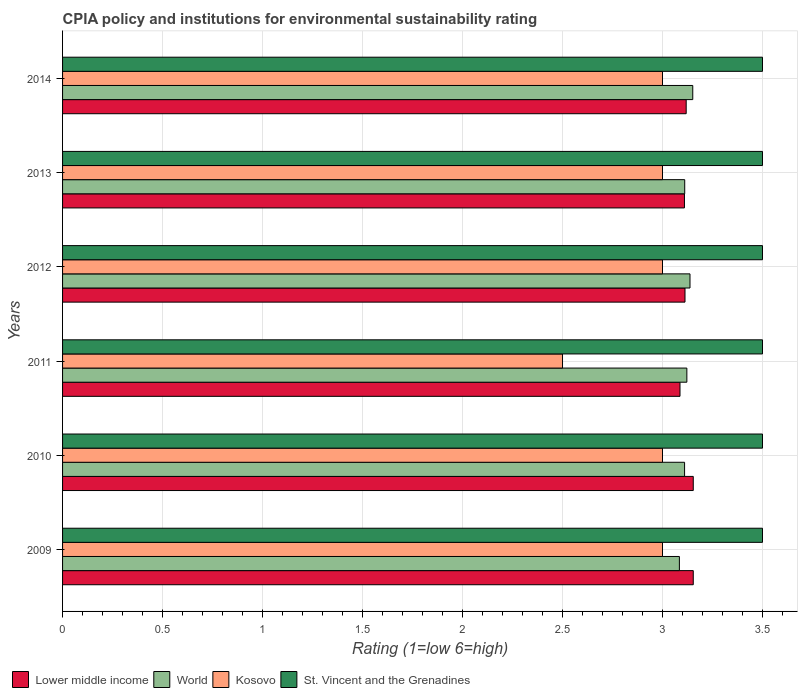
| Years | Lower middle income | World | Kosovo | St. Vincent and the Grenadines |
 | --- | --- | --- | --- | --- |
 | 2009 | 3.15 | 3.08 | 3 | 3.5 |
 | 2010 | 3.15 | 3.11 | 3 | 3.5 |
 | 2011 | 3.09 | 3.12 | 2.5 | 3.5 |
 | 2012 | 3.11 | 3.14 | 3 | 3.5 |
 | 2013 | 3.11 | 3.11 | 3 | 3.5 |
 | 2014 | 3.12 | 3.15 | 3 | 3.5 |